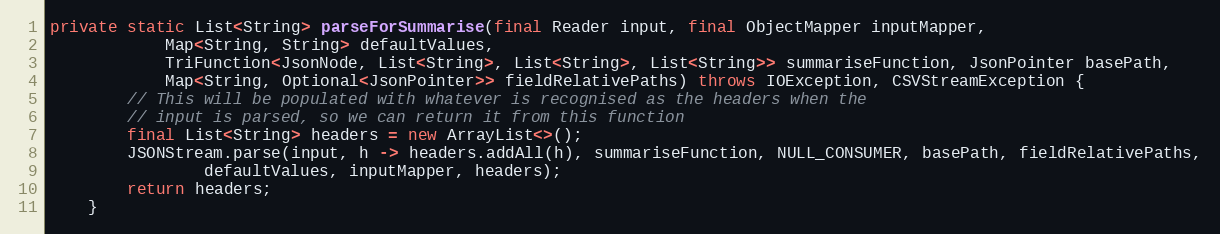
Language: Java
private static List<String> parseForSummarise(final Reader input, final ObjectMapper inputMapper,
			Map<String, String> defaultValues,
			TriFunction<JsonNode, List<String>, List<String>, List<String>> summariseFunction, JsonPointer basePath,
			Map<String, Optional<JsonPointer>> fieldRelativePaths) throws IOException, CSVStreamException {
		// This will be populated with whatever is recognised as the headers when the
		// input is parsed, so we can return it from this function
		final List<String> headers = new ArrayList<>();
		JSONStream.parse(input, h -> headers.addAll(h), summariseFunction, NULL_CONSUMER, basePath, fieldRelativePaths,
				defaultValues, inputMapper, headers);
		return headers;
	}